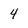
Character: 4